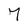
Character: 7